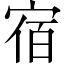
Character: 宿